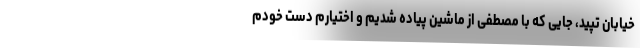
خیابان تپید، جایی که با مصطفی از ماشین پیاده شدیم و اختیارم دست خودم